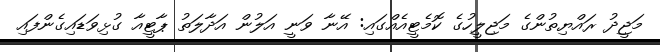
މަޖީދު ރައްޔިތުންގެ މަޖިލީހުގެ ކޮމެޓީއެއްގައި: އޭނާ ވަނީ އަލުން އަދާލަތު ޕާޓީއާ ގުޅިވަޑައިގެންފައި